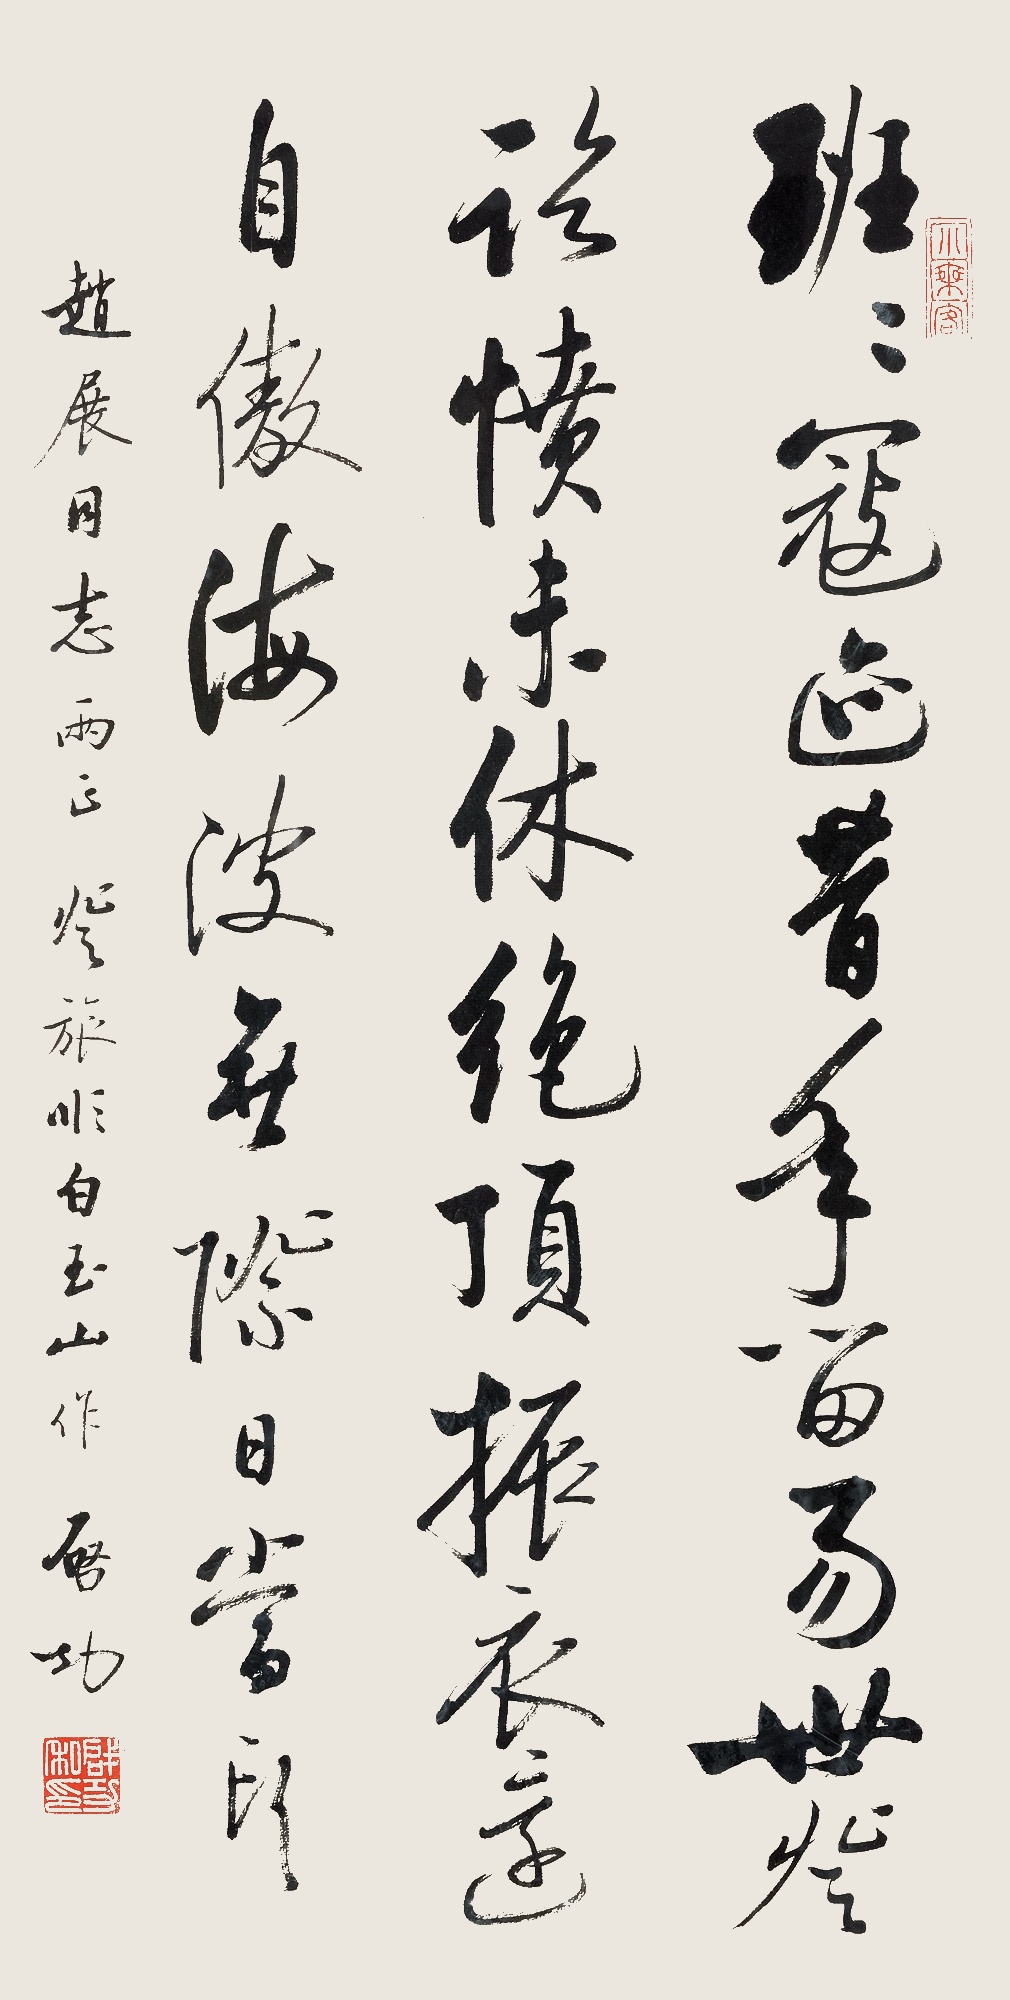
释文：班班寇迹昔年流，易世登临愤未休。绝顶振衣还自傲，海波无际日当头。赵展同志两正，登旅顺白玉山作，启功。